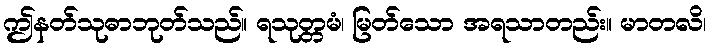
ဤနတ်သုဓာဘုတ်သည်။ ရသုတ္တမံ၊ မြတ်သော အရသာတည်း။ မာတလိ၊